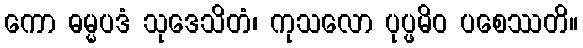
ကော ဓမ္မပဒံ သုဒေသိတံ၊ ကုသလော ပုပ္ဖမိဝ ပစေဿတိ။